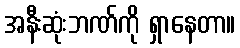
အနီးဆုံးဘဏ်ကို ရှာနေတာ။